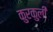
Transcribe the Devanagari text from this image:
कुरकुली